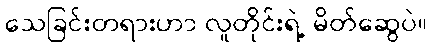
သေခြင်းတရားဟာ လူတိုင်းရဲ့ မိတ်ဆွေပဲ။